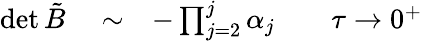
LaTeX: \begin{array}{rlr}{\operatorname*{det}\tilde{B}}&{{}\sim}&{-\prod_{j=2}^{j}\alpha_{j}\qquad\tau\rightarrow 0^{+}}\end{array}